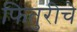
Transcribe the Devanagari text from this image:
फितुरीचे